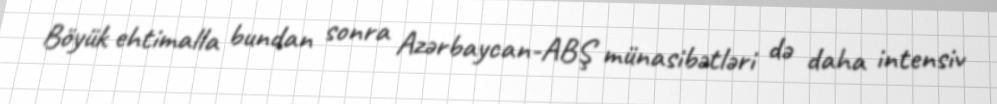
Böyük ehtimalla bundan sonra Azərbaycan-ABŞ münasibətləri də daha intensiv